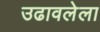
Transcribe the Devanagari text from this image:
उढावलेला